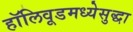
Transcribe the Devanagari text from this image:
हॉलिवूडमध्येसुद्धा